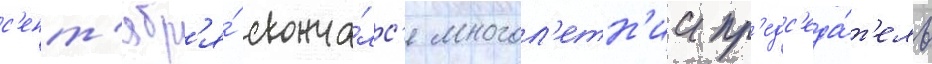
с'ент'ябр'я́ сконча́лс'я многол'етн'ии пр'едс'еда́т'ель